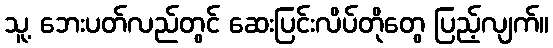
သူ့ ဘေးပတ်လည်တွင် ဆေးပြင်းလိပ်တိုတွေ ပြည့်လျက်။